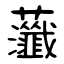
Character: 虃